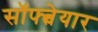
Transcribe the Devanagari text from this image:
सॉफ्त्वेयार